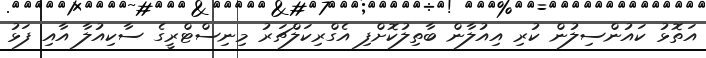
އަތޮޅު ކައުންސިލުން ކުރި އިއުލާން ބާތިލުކޮށްފި އެގްރިކަލްޗަރު މިނިސްޓްރީގެ ސާކިއުލާ އާއި ފަޅު